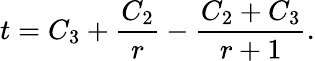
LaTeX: t=C_{3}+\frac{C_{2}}{r}-\frac{C_{2}+C_{3}}{r+1}.